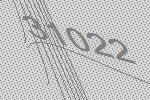
31022